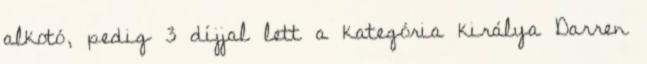
alkotó, pedig 3 díjjal lett a kategória királya Darren